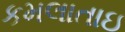
કમલાતાઇ